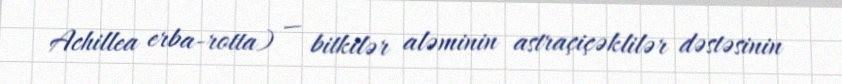
Achillea erba-rotta) — bitkilər aləminin astraçiçəklilər dəstəsinin